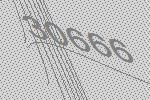
30666